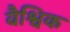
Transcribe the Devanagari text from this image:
वैश्विक